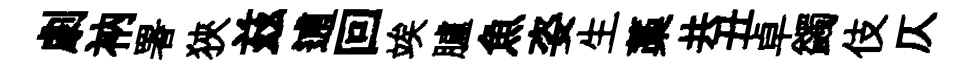
劇衲署狹兹逋回竢臚魚姿生藁共丑卓蠲伎仄